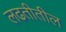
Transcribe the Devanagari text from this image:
लढतीतील